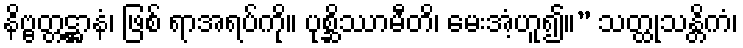
နိဗ္ဗတ္တဋ္ဌာနံ၊ ဖြစ် ရာအရပ်ကို။ ပုစ္ဆိဿာမီတိ၊ မေးအံ့ဟူ၍။” သတ္ထုသန္တိကံ၊